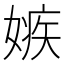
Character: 嫉